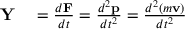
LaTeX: \begin{array} { r l } { \mathbf { Y } } & { { } = { \frac { d \mathbf { F } } { d t } } = { \frac { d ^ { 2 } \mathbf { p } } { d t ^ { 2 } } } = { \frac { d ^ { 2 } ( m \mathbf { v } ) } { d t ^ { 2 } } } } \end{array}